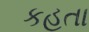
કહતા